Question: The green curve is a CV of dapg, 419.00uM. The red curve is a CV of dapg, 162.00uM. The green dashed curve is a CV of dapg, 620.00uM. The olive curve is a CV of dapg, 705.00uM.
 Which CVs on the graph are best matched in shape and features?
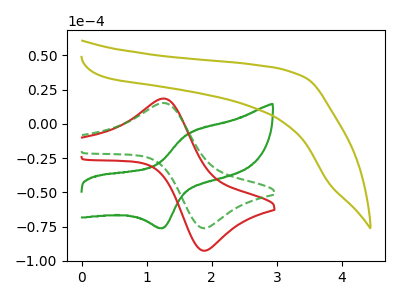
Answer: <think>The green curve "dapg, 419.00uM" has an anodic peak at (1.65V, -7.00uA) and a cathodic peak at (1.25V, -75.85uA). The red curve "dapg, 162.00uM" has an anodic peak at (1.25V, 18.40uA) and a cathodic peak at (1.85V, -92.65uA). The green dashed curve "dapg, 620.00uM" has an anodic peak at (1.25V, 15.15uA) and a cathodic peak at (1.85V, -76.20uA). The olive curve "dapg, 705.00uM" has no peaks.
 "dapg, 419.00uM" and "dapg, 162.00uM" have at least one peak that do not match. "dapg, 419.00uM" and "dapg, 620.00uM" have at least one peak that do not match. "dapg, 419.00uM" and "dapg, 705.00uM" have a different number of peaks. All the peaks in "dapg, 162.00uM" have a peak in "dapg, 620.00uM" at the same potential. Every peak in "dapg, 162.00uM" is higher than every peak in "dapg, 620.00uM". "dapg, 162.00uM" and "dapg, 705.00uM" have a different number of peaks. "dapg, 620.00uM" and "dapg, 705.00uM" have a different number of peaks.</think>
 <answer>"dapg, 620.00uM" and "dapg, 162.00uM" have the same shape and are likely CV's of the same chemical.</answer>
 <eval>"dapg, 620.00uM" "dapg, 162.00uM"</eval>